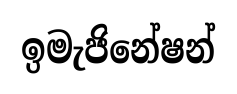
ඉමැජිනේෂන්